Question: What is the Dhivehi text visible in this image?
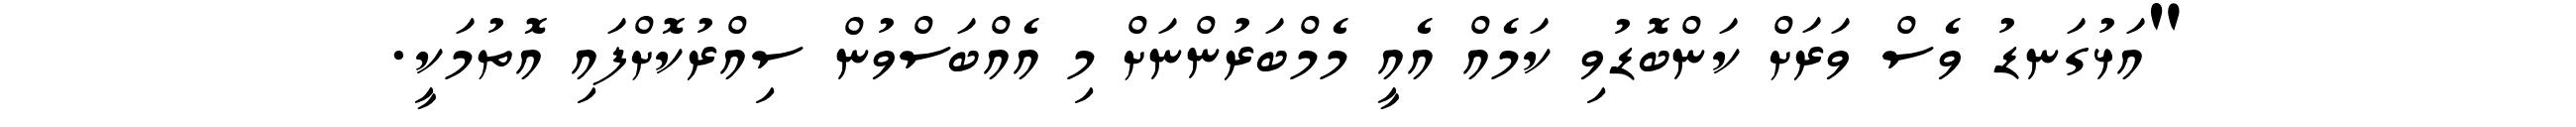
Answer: "އަޅުގަނޑު ވެސް ވަރަށް ކަންބޮޑުވި ކަމެއް އެއީ މެމްބަރުންނަށް މި އެއްބަސްވުން ސިއްރުކޮށްފައި އޮތުމަކީ.